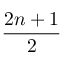
\frac { 2 n + 1 } { 2 }